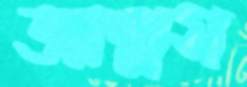
আল্পস